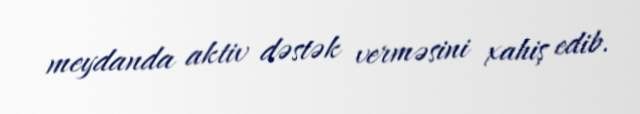
meydanda aktiv dəstək verməsini xahiş edib.